Leaving Certificate, 1900
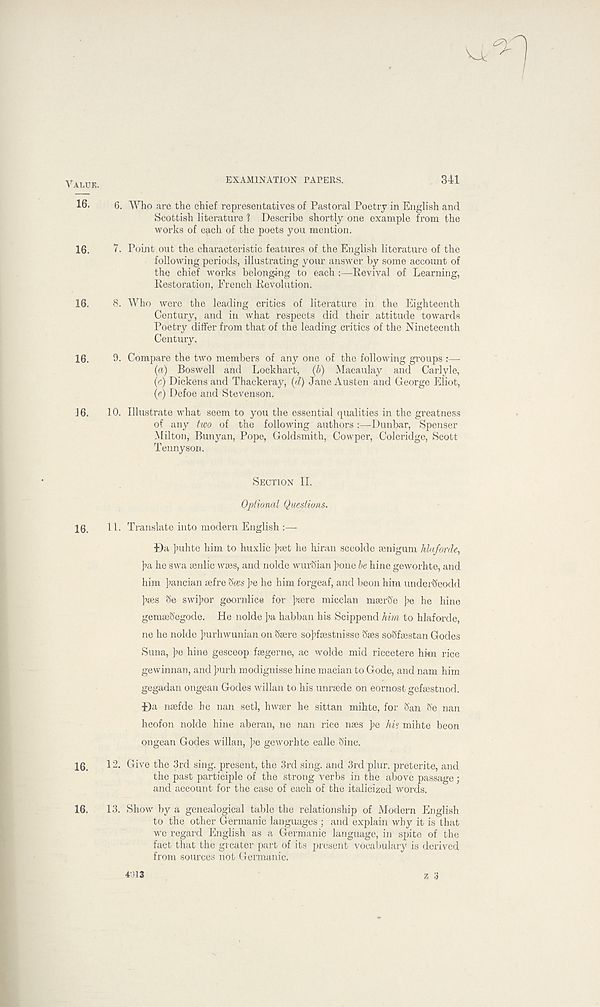
VALUE.
16.
16.
16.
16.
16.
16.
16.
16.
EXAMINATION PAPERS.
341
6. Who are the chief representatives of Pastoral Poetry in English and
Scottish literature 1 Describe shortly one example from the
works of each of the poets you mention.
7. Point out the characteristic features of the English literature of the
following periods, illustrating your answer by some account of
the chief works belonging to each —Revival of Learning,
Restoration, French Revolution.
8. Who were the leading critics of literature in the Eighteenth
Century, and in what respects did their attitude towards
Poetry differ from that of the leading critics of the Nineteenth
Century.
9. Compare the two members of any one of the following groups :—
(a) Boswell and Lockhart, (b) Macaulay and Carlyle,
(c) Dickens and Thackeray, (d) Jane Austen and George Eliot,
(e) Defoe and Stevenson.
10.
Illustrate what seem to you the essential quali
of any two of the following authors
Dunbar, Spenser
Milton, Bunyan, Pope, Goldsmith, Cowper, Coleridge, Scott
Tennyson.
SECTION II.
Optional Questions.
11. Translate into modern English
Da Jmhte him to huxlic ]>sdt he hiran sceolde senigum hlaforde,
i>a he swa senlic wses, and nolde wurSian ]xjne be hine geworhte, and
him ]mncian aefre Sees pe he him forgeaf, and beon him underSeodd
]?ees be swijror geornlice for ]?sere micclan meerSe pe he hine
gemaeSegode. He nolde >a habban his Scippend him to hlaforde,
ne he nolde ]nirhwunian on Ssere so^fsestnisse Saes sobfaestan Godes
Suna, pe hine gesceop faegerne, ac wolde mid riccetere hkn rice
gewinnan, and Jmrh modignisse hine macian to Gode, and nam him
gegadan ongean Godes willan to his unraede on eornost gefaestnod.
Da naefde be nan setl, hwaer he sittan mihte, for San Se nan
heofon nolde hine aberan, ne nan rice naes pe his mihte beon
ongean Godes willan, pe geworhte ealle Sine.
12. Give the 3rd sing, present, the 3rd sing, and 3rd plur. preterite, and
the past participle of the strong verbs in the above passage;
and account for the case of each of the italicized words.
13. Show by a genealogical table the relationship of Modern English
to the other Germanic languages ; and explain why it is that
we regard English as a Germanic language, in spite of the
fact that the greater part of its present vocabulary is derived
from sources not Germanic.
z 3
4:)13